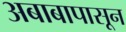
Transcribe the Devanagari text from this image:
अबाबापासून